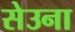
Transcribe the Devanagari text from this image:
सेउना